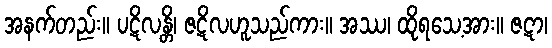
အနက်တည်း။ ပဋိလန္တိ၊ ဇဋိလဟူသည်ကား။ အဿ၊ ထိုရသေ့အား။ ဇဋာ၊